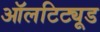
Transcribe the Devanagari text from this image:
ऑलटिट्यूड